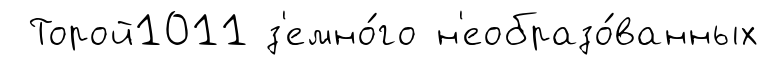
Торой1011 з'емно́го н'еобразо́ванных